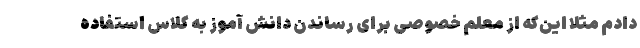
دادم مثلا این‌که از معلم خصوصی برای رساندن دانش آموز به کلاس استفاده